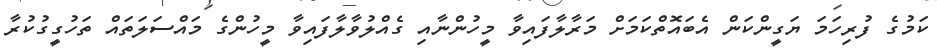
ކަމުގެ ފުރިހަމަ ޔަގީންކަން އެބައޮތްކަމަށް މަރާލާފައިވާ މީހުންނާއި ގެއްލުވާލާފައިވާ މީހުންގެ މައްސަލަތައް ތަހުގީގުކުރާ